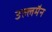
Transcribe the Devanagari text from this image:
उल्लमैन